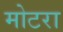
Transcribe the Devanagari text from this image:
मोटरा